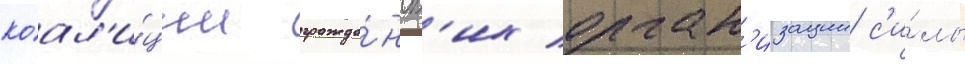
коал'и́ции гражда́нск'их орган'изации с'и́лы